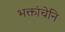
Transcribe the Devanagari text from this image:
भक्तांचेनि